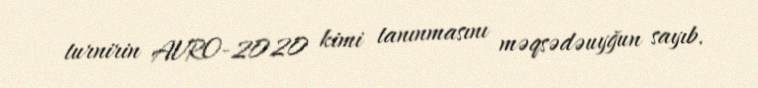
turnirin AVRO-2020 kimi tanınmasını məqsədəuyğun sayıb.